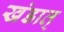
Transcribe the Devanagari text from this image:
खंडात्